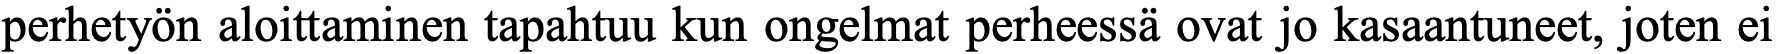
perhetyön aloittaminen tapahtuu kun ongelmat perheessä ovat jo kasaantuneet, joten ei